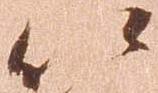
以